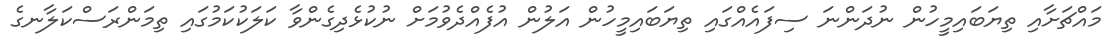
މައްޗަށާއި ތިޔަބައިމީހުން ނުދަންނަ ސިފައެއްގައި ތިޔަބައިމީހުން އަލުން އުފެއްދެވުމަށް ނުކުޅެދިގެންވާ ކަލަކުކަމުގައި ތިމަންރަސްކަލާނގެ